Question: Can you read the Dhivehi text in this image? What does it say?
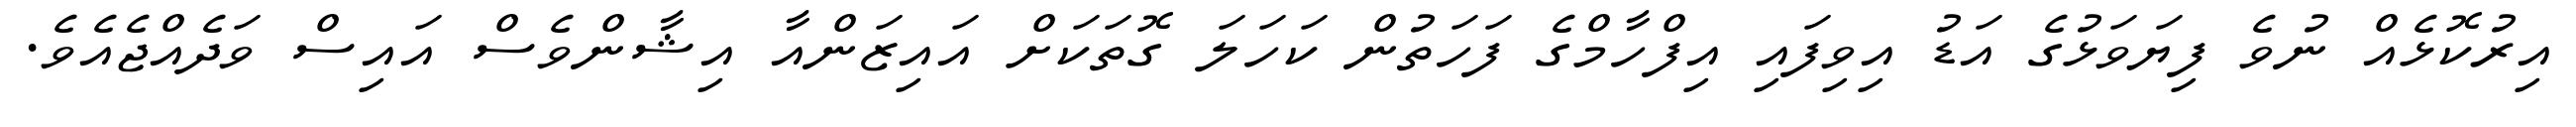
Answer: އިރުކޮޅެއް ނުވެ ފިޔަވަޅުގެ އަޑު އިވިފައި އިފްހާމްގެ ފަހަތުން ކަހަލަ ގޮތަކަށް އައިޒަންއާ އިޝާންވެސް އައިސް ވަދެއްޖެއެވެ.